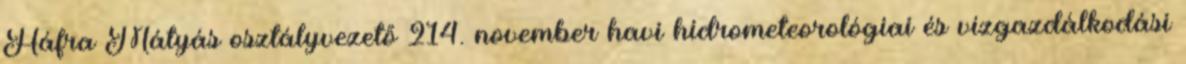
Háfra Mátyás osztályvezető 214. november havi hidrometeorológiai és vízgazdálkodási